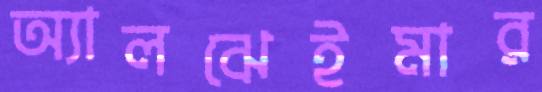
অ্যালঝেইমার